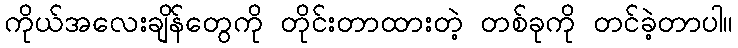
ကိုယ်အလေးချိန်တွေကို တိုင်းတာထားတဲ့ တစ်ခုကို တင်ခဲ့တာပါ။